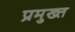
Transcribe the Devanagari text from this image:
प्रमुख्त